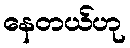
နေတယ်ဟု